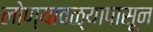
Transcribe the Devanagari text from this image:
लोण्यावळ्यापासून